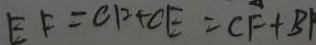
E F = C F + C E = C F + B P